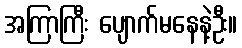
အကြာကြီး ပျောက်မနေနဲ့ဦး။